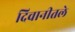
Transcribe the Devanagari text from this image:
दिवानीतले